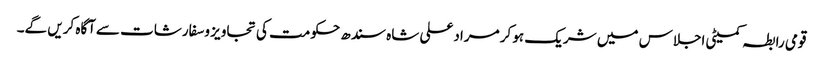
قومی رابطہ کمیٹی اجلاس میں شریک ہو کر مرادعلی شاہ سندھ حکومت کی تجاویز وسفارشات سےآگاہ کریں گے۔